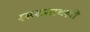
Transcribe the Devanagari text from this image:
रसरत्नावली